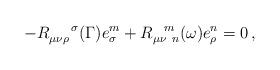
LaTeX: \begin{align*} - R_{\mu\nu\rho}^{~~~~\sigma}(\Gamma) e_{\sigma}^m + R_{\mu\nu~ n}^{~~m}(\omega) e_{\rho}^n = 0\,,\end{align*}